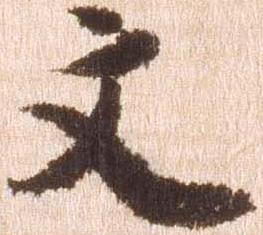
文